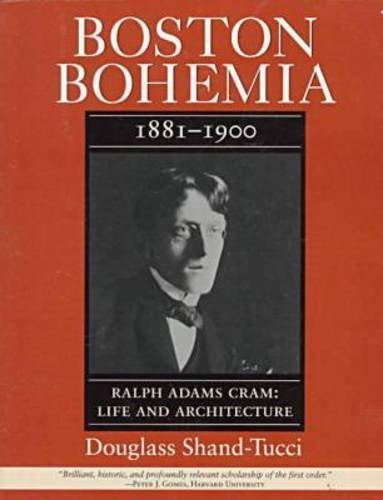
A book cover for Boston Bohemia, 1881-1900: Ralph Adams Cram: Life and Architecture (Volume 1); Douglass Shand-Tucci; Gay & Lesbian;